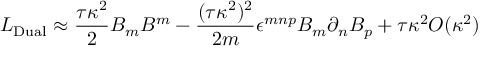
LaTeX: { \cal L } _ { \mathrm { D u a l } } \approx \frac { \tau \kappa ^ { 2 } } { 2 } B _ { m } B ^ { m } - \frac { ( \tau \kappa ^ { 2 } ) ^ { 2 } } { 2 m } \epsilon ^ { m n p } B _ { m } \partial _ { n } B _ { p } + \tau \kappa ^ { 2 } O ( \kappa ^ { 2 } )